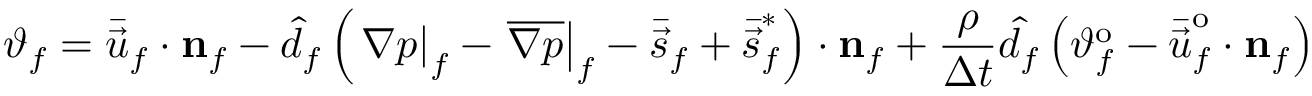
\vartheta _ { f } = \bar { \vec { u } } _ { f } \cdot \mathbf { { n } } _ { f } - \hat { d } _ { f } \left( \left. \nabla p \right| _ { f } - \left. \overline { { \nabla p } } \right| _ { f } - \bar { \vec { s } } _ { f } + \bar { \vec { s } } _ { f } ^ { * } \right) \cdot \mathbf { { n } } _ { f } + \frac { \rho } { \Delta t } \hat { d _ { f } } \left( \vartheta _ { f } ^ { \mathrm { o } } - \bar { \vec { u } } _ { f } ^ { \mathrm { o } } \cdot \mathbf { { n } } _ { f } \right)